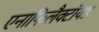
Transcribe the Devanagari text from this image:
एनाफिलैक्टॉयड